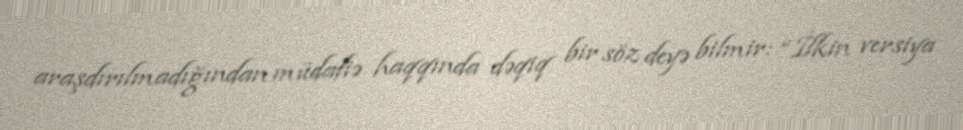
araşdırılmadığından müdafiə haqqında dəqiq bir söz deyə bilmir: “İlkin versiya